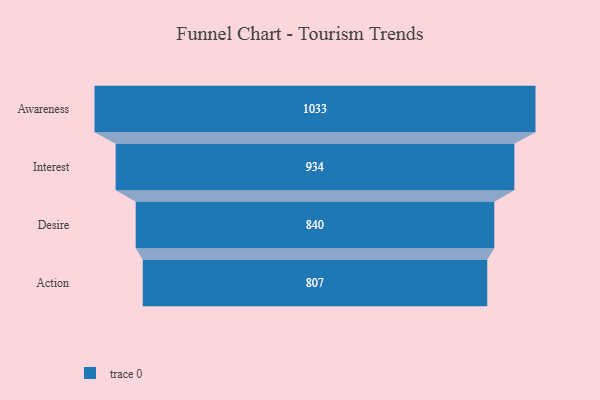
{"axis": {"x": "Stage", "y": "Value"}, "legend": [""], "data": [{"x": "Awareness", "y": 1033.0, "type": ""}, {"x": "Interest", "y": 934.0, "type": ""}, {"x": "Desire", "y": 840.0, "type": ""}, {"x": "Action", "y": 807.0, "type": ""}]}